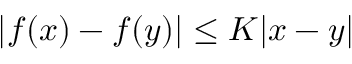
| f ( x ) - f ( y ) | \leq K | x - y |